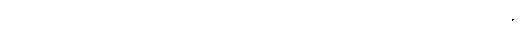
ဦးဌေးအောင်သည် စားပွဲပေါ်တွင် တင်ထားသော ဖုန်းရှိရာသို့ လှည့်ကြည့်ပြီး လှမ်းယူရန်